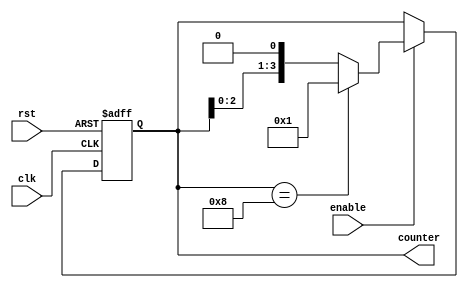
module Ring_Counter_With_Enable (
    input wire clk,
    input wire rst,
    input wire enable,
    output reg [3:0] counter
);

reg [3:0] next_counter;

always @(posedge clk or posedge rst) begin
    if (rst) begin
        counter <= 4'b0001;
    end else if (enable) begin
        counter <= next_counter;
    end
end

always @(*) begin
    if (counter == 4'b1000) begin
        next_counter <= 4'b0001;
    end else begin
        next_counter <= counter << 1;
    end
end

endmodule